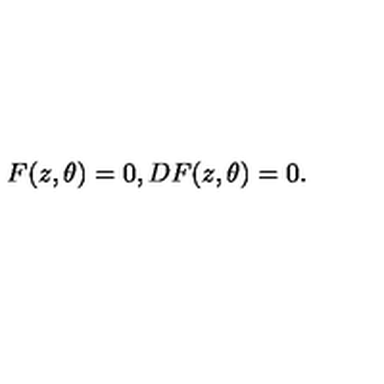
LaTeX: F ( z , \theta ) = 0 , D F ( z , \theta ) = 0 .